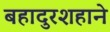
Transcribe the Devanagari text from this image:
बहादुरशहाने